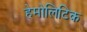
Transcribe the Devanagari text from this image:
हेमोलिटिक